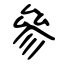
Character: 參